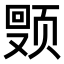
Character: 𬱩